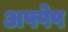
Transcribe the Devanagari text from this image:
अफ्पेप